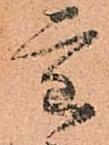
重